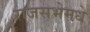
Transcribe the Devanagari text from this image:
राजसभेमधे